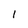
Character: l